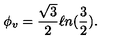
\phi _ { v } = \frac { \sqrt 3 } { 2 } \ell n ( { \frac 3 2 } ) .